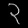
Digit: ၃